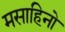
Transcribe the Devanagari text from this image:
मसाहिनो